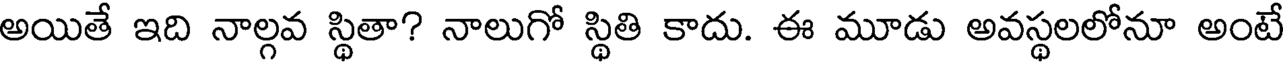
అయితే ఇది నాల్గవ స్థితా? నాలుగో స్థితి కాదు. ఈ మూడు అవస్థలలోనూ అంటే